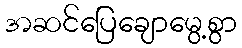
အဆင်ပြေချောမွေ့စွာ